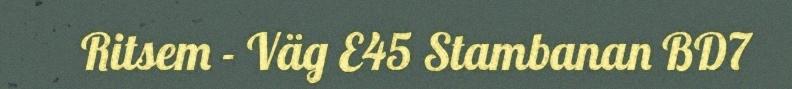
Ritsem - Väg E45 Stambanan BD7